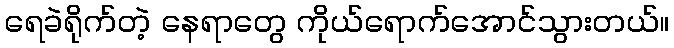
ရေခဲရိုက်တဲ့ နေရာတွေ ကိုယ်ရောက်အောင်သွားတယ်။